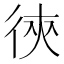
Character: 㣣